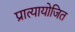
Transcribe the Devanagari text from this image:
प्रात्यायोजित